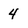
Character: 4